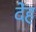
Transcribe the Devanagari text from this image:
देंह